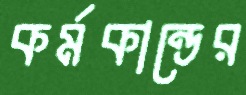
কর্মকান্ডের